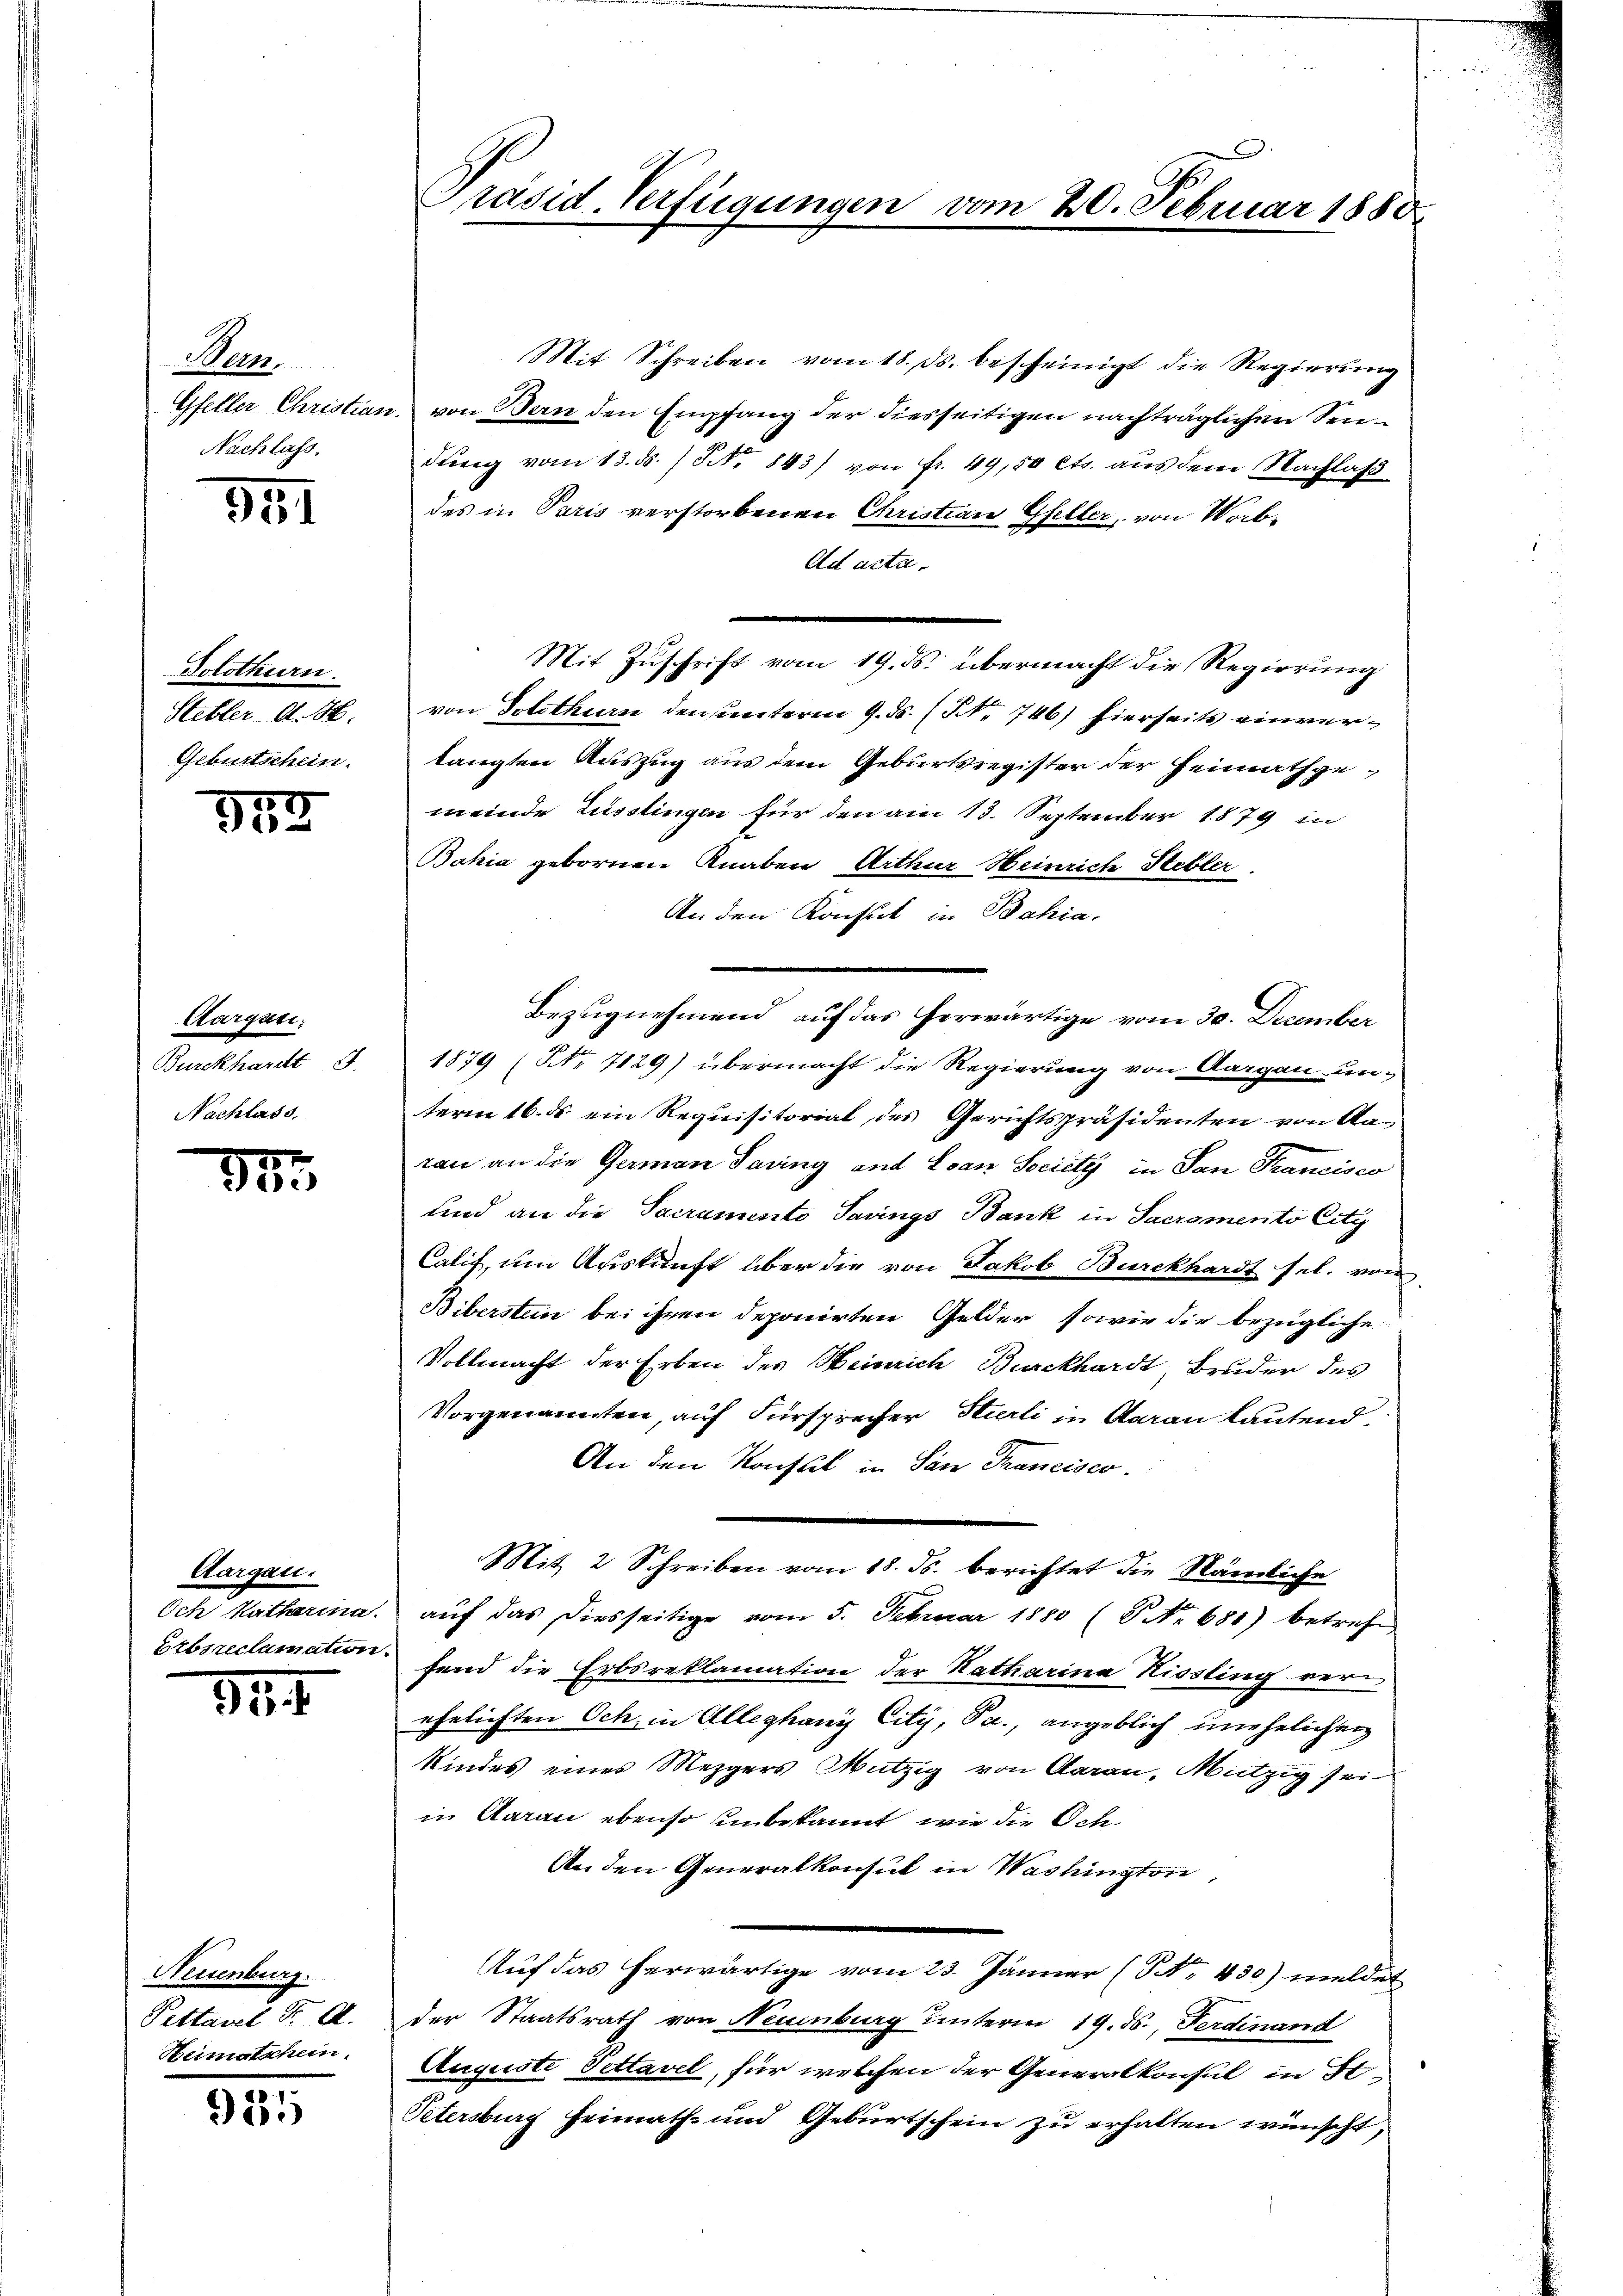
Wam
Gfeller Christian
Nachlass.

551

Solothurn.
Stebler A. H.
Geburtschein.

552

Aargau
Burckhardt J.
Nachlass.

31

Aargau.
Och Katharina.
Eebsreclamation.

34

Neuenburg.
Pettavel Dr. A.
Heimatschein.

.
905

Präsid. Verfügungen vom 20. Februar 1880

Mit Schreiben vom 18. ds. bescheinigt die Regierung
von Bern den Empfang der diesseitigen nachträglichen Sendrung vom 13. ds. / NNo. 843) von Fr. 49,50 cts. aus dem Nachlaß
des in Paris verstorbenen Christian Gfeller, von Worb¬
Ad acta.
von Solothurn den sunteren 9. ds. (N. 746) hierseits einverlangten Auszug aus dem Geburtsregister der Heimathgemeinde Lüsslingen für den am 13. September 1879 in
Bahia gebornen Knaben Arthur Heinrich Stebler.
An den Konsul in Bahia.
Bezugnehmend auf das herwärtige vom 30. December
1879 (NNo. 7129) übermacht die Regierung von Aargau un-
term 16. ds ein Requisitorial des Gerichtspräsidenten von Aaran an die German Saving und Ivan Society in San Francisco
und an die Sacramento Savings Bank in Sacramento City
Calif, um Auskunft über die von Jakob Burckhardt sel. von
Biberstein bei ihren deponirten Gelder, sowie die bezügliche
Vollmacht der Erben des Heinrich Burckhardt, Bruder des
Vorgenannten, auf Fürsprecher Stierli in Aarau lautend
An den Konsul in San Francisco
Mit 2 Schreiben vom 18. ds. berichtet die Nämliche
auf das diesseitige vom 5. Februar 1880 (P No. 681) betrefe
fend die Erbsreklamation der Katharina Hissling verehelichten Och, in Alleghany City, Pa., angeblich unehelichen
Kindes eines Mezgers Mutzig von Garan, Mutzig seiin Aarau ebenso unbekannt, wie die Oete¬
An den Generalkonsul in Washington,
Auf das herwärtige vom 23. Jänner (NNo. 430) meldet
der Staatsrath von Neuenburg unterm 19. ds., Ferdinand
Auguste Pettavel, für welchen der Generalkonsul in St
Petersburg Heimath- und Geburtschein zu erhalten wünscht,

Mit Zuschrift vom 19. ds. übermacht die Regierung